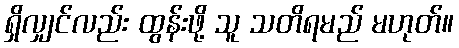
ရှိလျှင်လည်း ထွန်းဖို့ သူ သတိရမည် မဟုတ်။